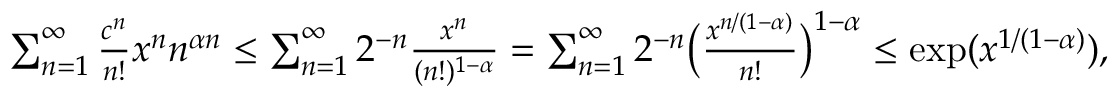
\begin{array} { r } { \sum _ { n = 1 } ^ { \infty } \frac { c ^ { n } } { n ! } x ^ { n } n ^ { \alpha n } \le \sum _ { n = 1 } ^ { \infty } 2 ^ { - n } \frac { x ^ { n } } { ( n ! ) ^ { 1 - \alpha } } = \sum _ { n = 1 } ^ { \infty } 2 ^ { - n } \big ( \frac { x ^ { n / ( 1 - \alpha ) } } { n ! } \big ) ^ { 1 - \alpha } \le \exp ( x ^ { 1 / ( 1 - \alpha ) } ) , } \end{array}